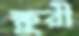
ক্ষুরী